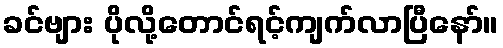
ခင်ဗျား ပိုလို့တောင်ရင့်ကျက်လာပြီနော်။